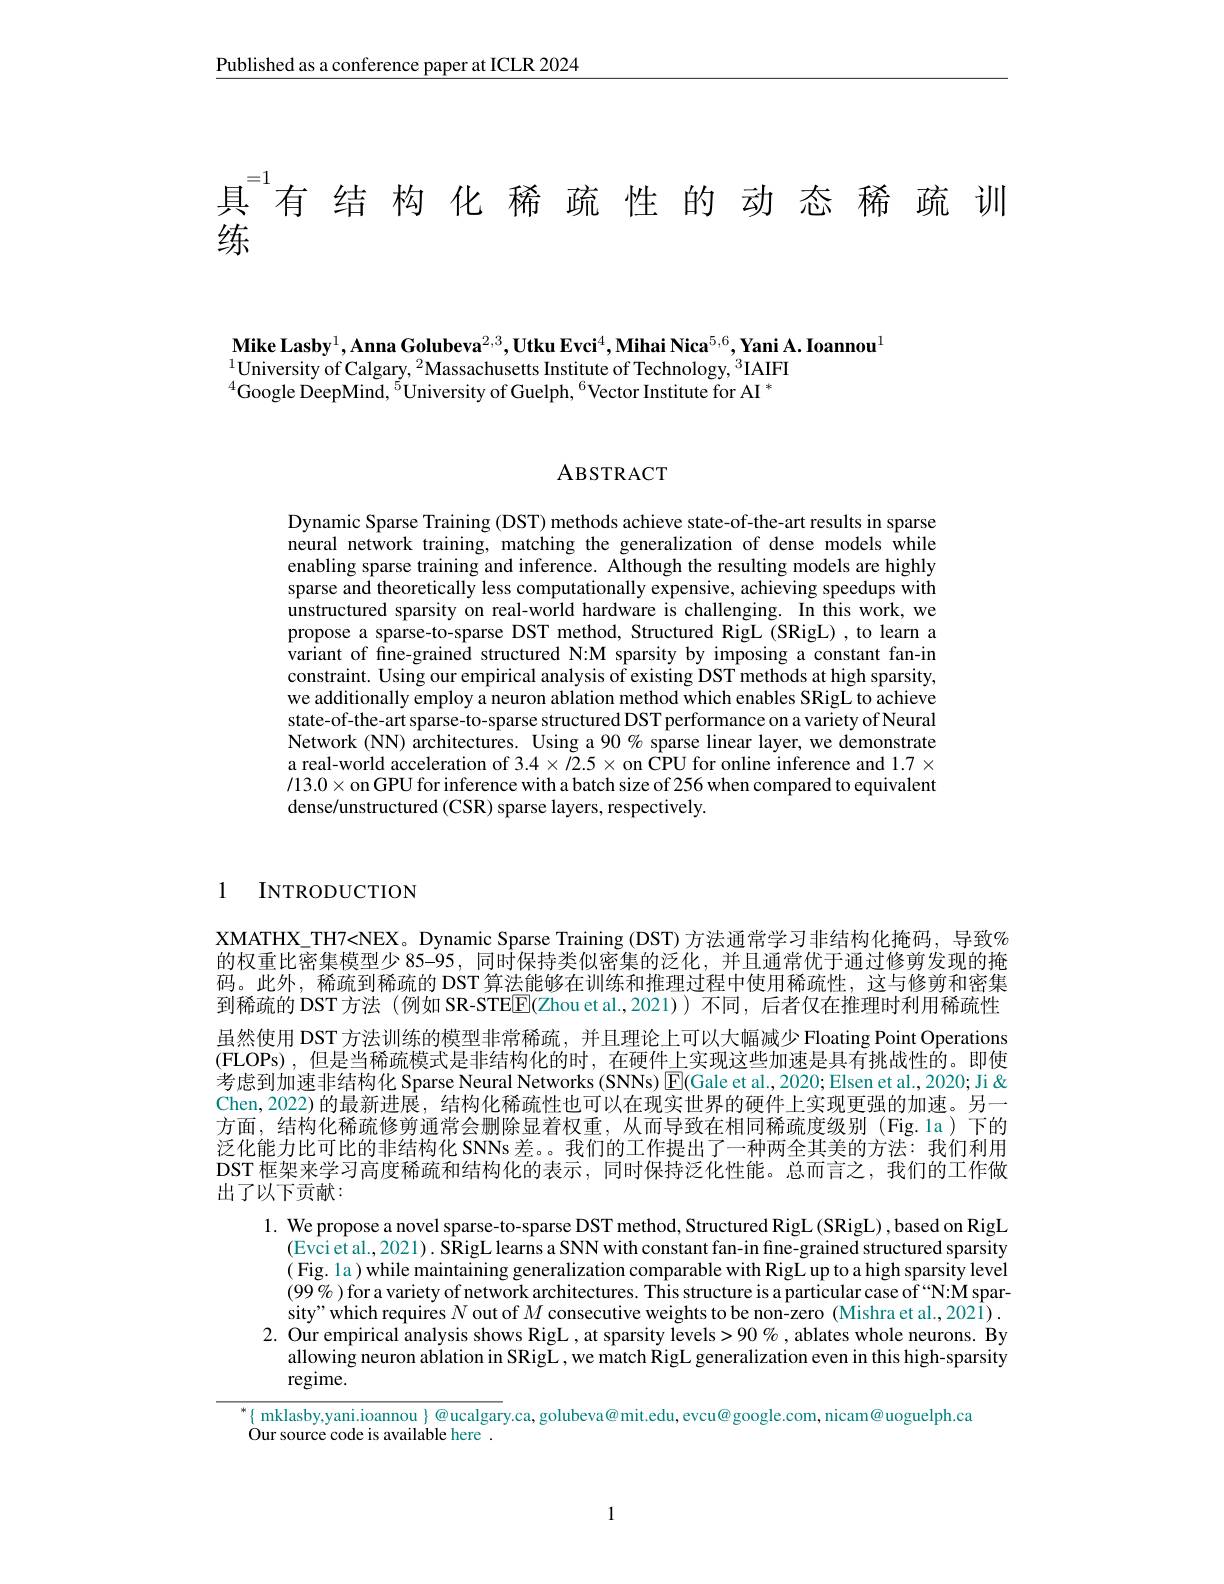
$\underline{\text{Published as a conference paper at ICLR 2024}}$

具$^{=1}$有结构化稀疏性的动态稀疏训

练

$\mathbf{MikeLasby}^{1},\mathbf{AnnaGolubeva}^{2,3},\mathbf{UtkuEvci}^{4},\mathbf{MihaiNica}^{5,6},\mathbf{YaniA.Ioannou}^{1}$
$^{1}$University of Calgary, $^2$Massachusetts Institute of Technology, $^3$IAIFI $^{4}$Google DeepMind,$^5$University of Guelph,$^6$Vector Institute for AI$^*$

ABSTRACT

Dynamic Sparse Training (DST) methods achieve state-of-the-art results in sparse neural network training, matching the generalization of dense models while enabling sparse training and inference. Although the resulting models are highly sparse and theoretically less computationally expensive, achieving speedups with unstructured sparsity on real-world hardware is challenging. In this work, we propose a sparse-to-sparse DST method, Structured RigL (SRigL) ,to learn a variant of fne-grained structured N:M sparsity by imposing a constant fan-in constraint. Using our empirical analysis of existing DST methods at high sparsity, we additionally employ a neuron ablation method which enables SRigL to achieve state-of-the-art sparse-to-sparse structured DST performance on a variety of Neural Network (NN) architectures. Using a 90% sparse linear layer, we demonstrate a real-world acceleration of $3.4\times/2.5\times$ on CPU for online inference and $1.7\times$ $/13.0\times$on GPU for inference with a batch size of 256 when compared to equivalent dense/unstructured (CSR) sparse layers, respectively.

1 INTRODUCTION

XMATHX\_TH7<NEX。Dynamic Sparse Training (DST) 方法通常学习非结构化掩码，导致$\%$ 的权重比密集模型少 85-95, 同时保持类似密集的泛化，并且通常优于通过修剪发现的掩码。此外，稀疏到稀疏的 DST 算法能够在训练和推理过程中使用稀疏性，这与修剪和密集到稀疏的 DST 方法 (例如 SR-STEE[F(Zhou et al.,2021)) 不同，后者仅在推理时利用稀疏性虽然使用 DST 方法训练的模型非常稀疏，并且理论上可以大幅减少Floating Point Operations (FLOPs),但是当稀疏模式是非结构化的时，在硬件上实现这些加速是具有挑战性的。即使考虑到加速非结构化 Sparse Neural Networks (SNNs) $\boxed{\mathrm{E}}($Gale et al., 2020; Elsen et al., 2020; Ji & Chen, 2022) 的最新进展，结构化稀疏性也可以在现实世界的硬件上实现更强的加速。另一方面，结构化稀疏修剪通常会删除显着权重，从而导致在相同稀疏度级别(Fig.1a)下的泛化能力比可比的非结构化 SNNs差。。我们的工作提出了一种两全其美的方法：我们利用DST 框架来学习高度稀疏和结构化的表示，同时保持泛化性能。总而言之，我们的工作做出了以下贡献：

1. We propose a novel sparse-to-sparse DST method, Structured RigL(SRigL),based on RigL

(Evci et al., 2021). SRigL learns a SNN with constant fan- in fine-grained structured sparsity

(Fig. la) while maintaining generalization comparable with RigL up to a high sparsity level

$(99\%)$for a variety of network architectures. This structure is a particular case of“N:M spar-

sity" which requires $N$ out of $M$ consecutive weights to be non-zero (Mishra et al.,2021).

2. Our empirical analysis shows RigL, at sparsity levels>90%, ablates whole neurons. By

allowing neuron ablation in SRigL , we match RigL generalization even in this high-sparsity

regime.

$^{*}\{$ mklasby,yani.ioannou $\}$ @ucalgary.ca, golubeva@ mit.edu, evcu@ google.com, nicam@ uoguelph.ca
Our source code is available here .